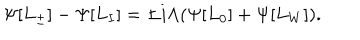
\Psi [ L _ { \pm } ] - \Psi [ L _ { I } ] = \pm i \Lambda ( \Psi [ L _ { 0 } ] + \Psi [ L _ { W } ] ) .